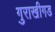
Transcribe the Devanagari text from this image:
गुराखीगड